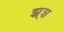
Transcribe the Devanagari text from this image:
झ्र्श